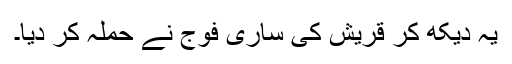
یہ دیکھ کر قریش کی ساری فوج نے حملہ کر دیا۔